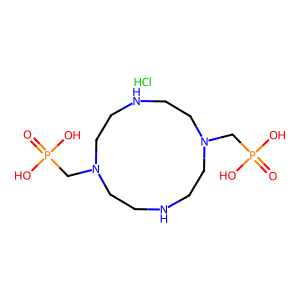
SMILES: Cl.O=P(O)(O)CN1CCNCCN(CP(=O)(O)O)CCNCC1
Inhibits HIV replication: No